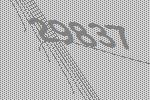
29837